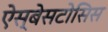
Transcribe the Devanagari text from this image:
ऐस्बेसटोसिस